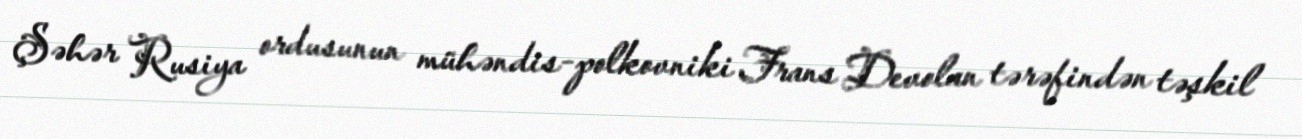
Şəhər Rusiya ordusunun mühəndis-polkovniki Frans Devolan tərəfindən təşkil